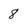
Character: 8